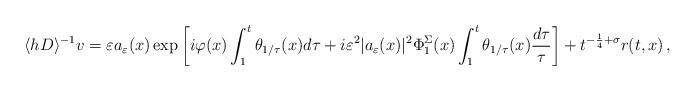
LaTeX: \begin{align*} \langle hD\rangle^{-1}v = \varepsilon a_{\varepsilon}(x) \exp\left[i\varphi(x) \int_1^t\theta_{1/\tau}(x)d\tau + i\varepsilon^2|a_{\varepsilon}(x)|^2\Phi^{\Sigma}_1(x)\int_1^t\theta_{1/\tau}(x)\frac{d\tau}{\tau} \right] + t^{-\frac{1}{4}+\sigma}r(t,x) \,,\end{align*}